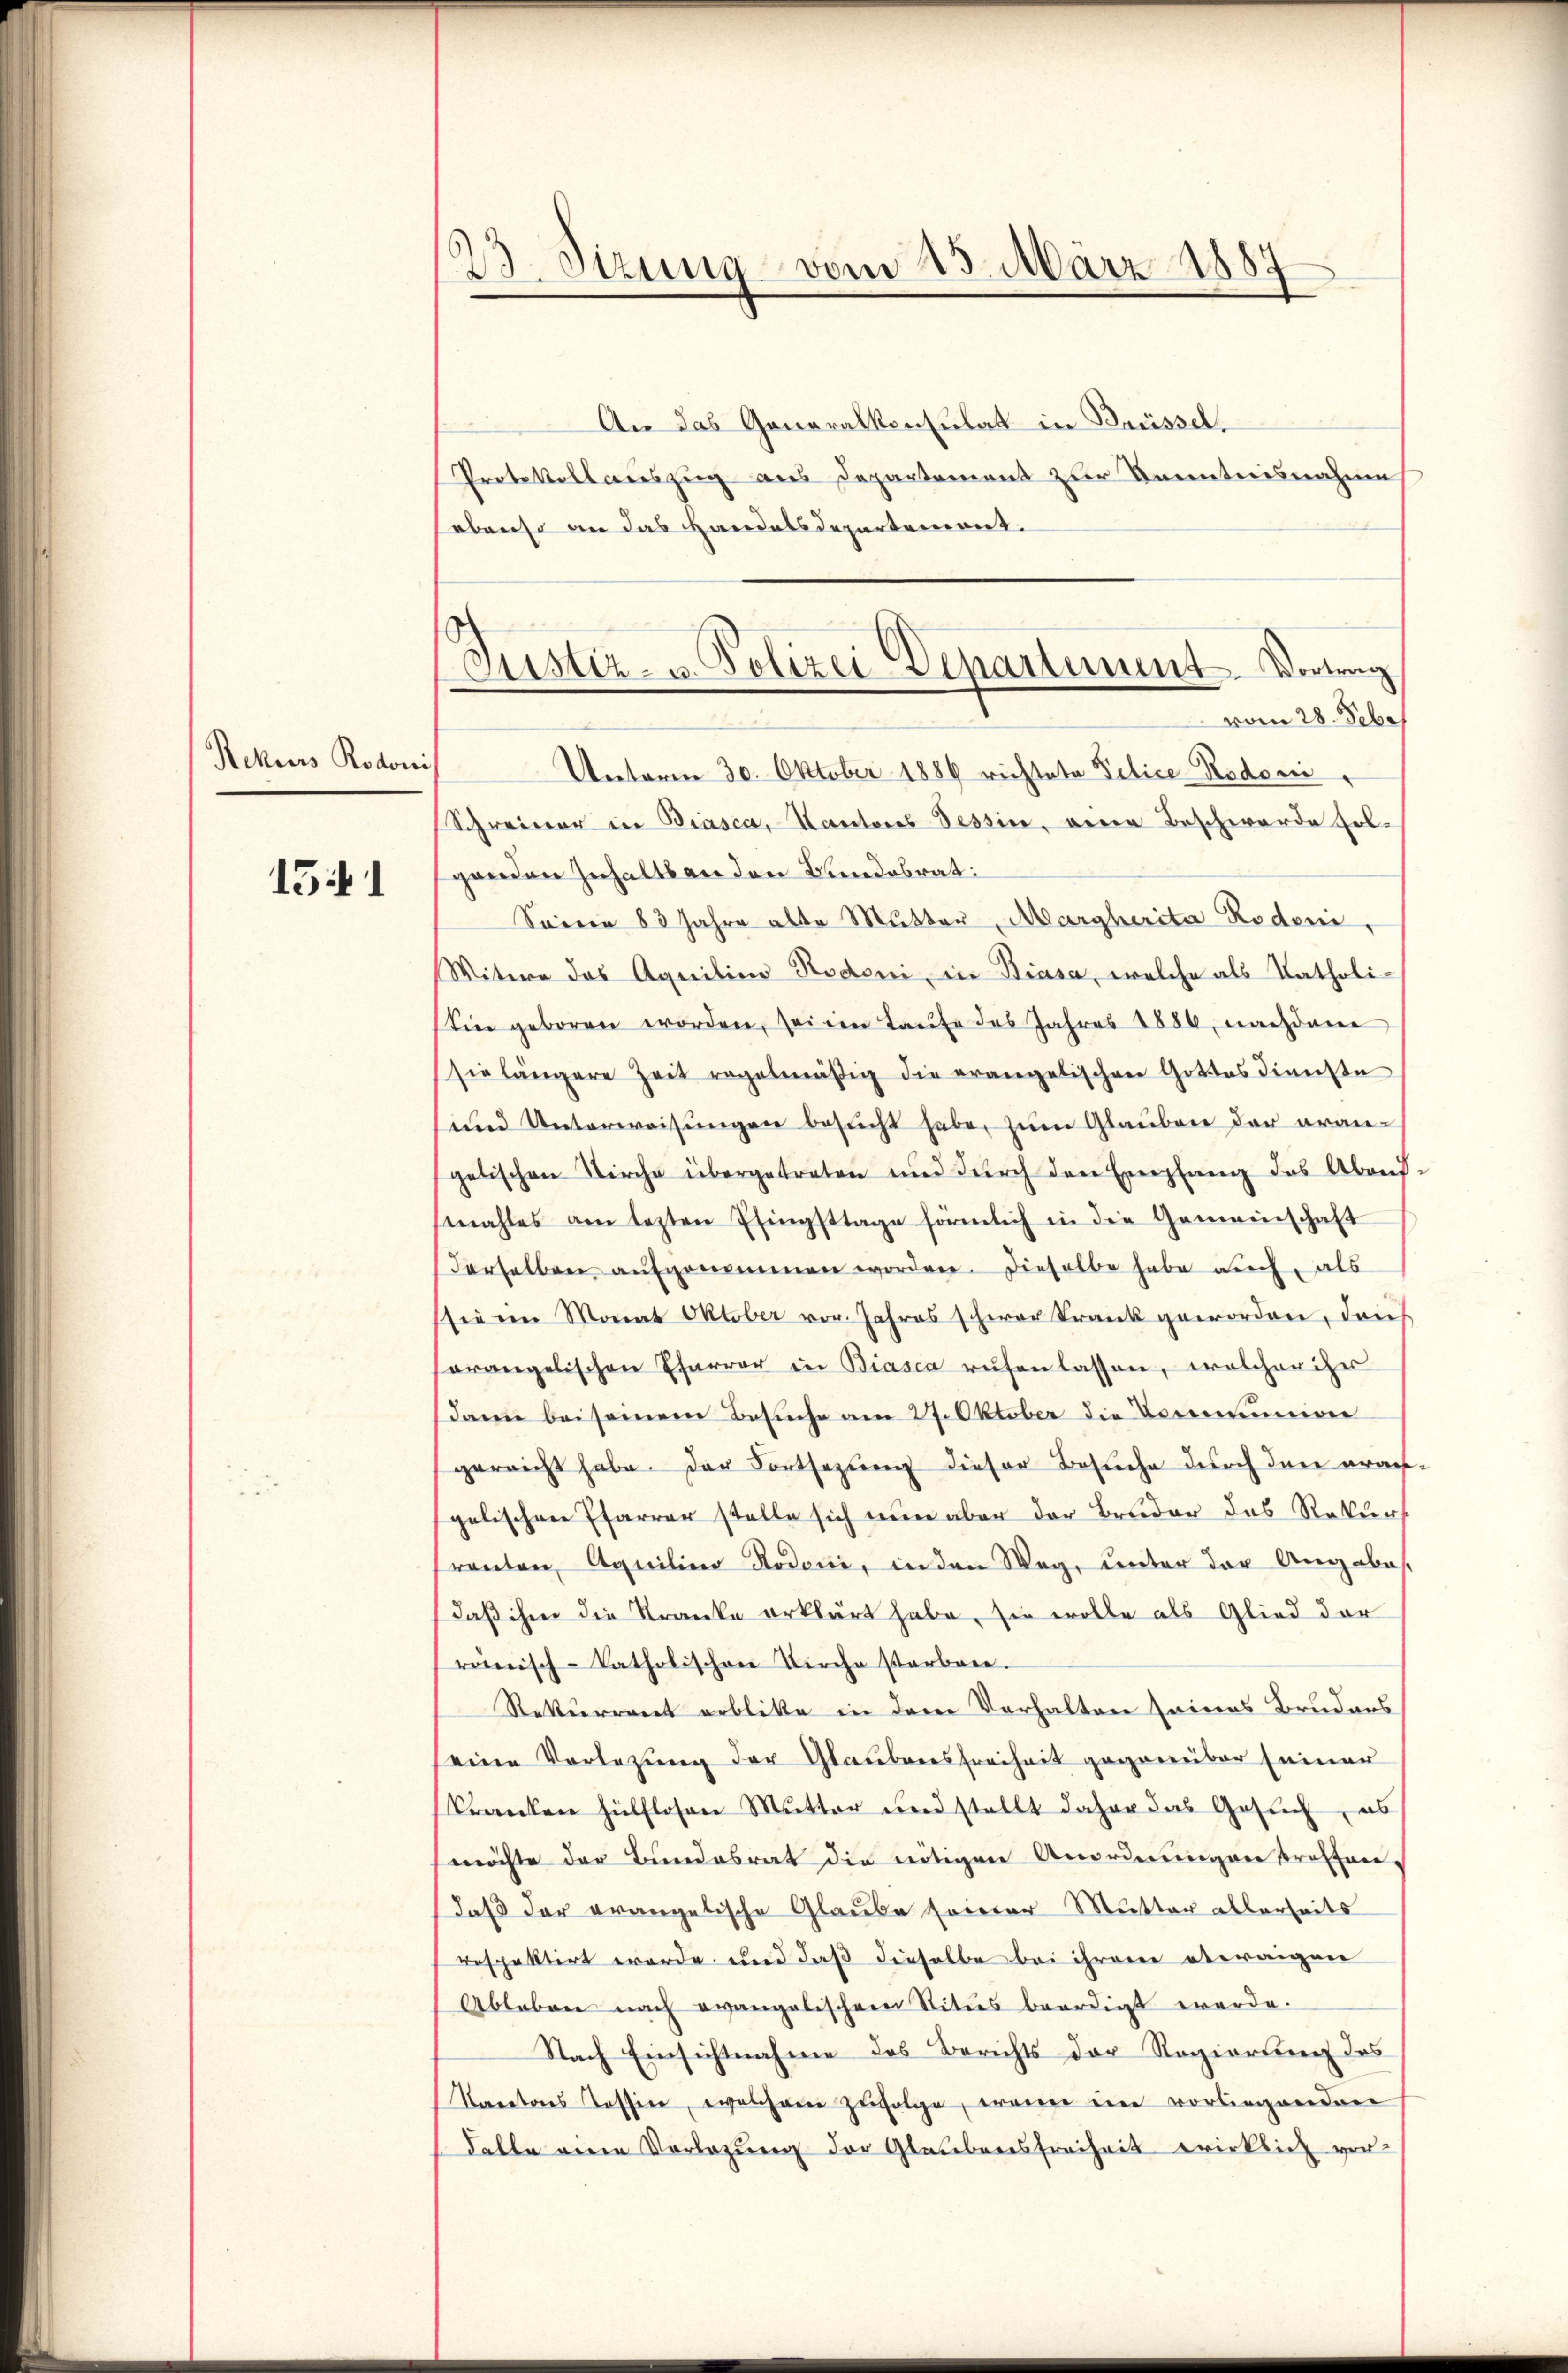
Rekurs Rodonis

1541

23. Sizung vom 25. März 1884
I

Justiz- u. Polizei Departement. Vortrag
vom 28. Febr.
Unterm 30. Oktober 1886 richtete Police Rodoni

An das Generalkonsulat in Brüssel.
Protokollauszug aus Departement zur Kenntnisnahme
sebenso an das Handelsdepartement.
Schreierer in Biasca, Kantons Tessin, eine Beschwerde sol-
genden Inhalts an den Bundesrat:
Soieer 83 Jahre alte Mutter, Margherita Rodoni,
Witwe des Aquilina Rodoni in Biasa, welche als Katholi¬
Sie geboren worden, seinen Laufe des Jahres 1886, nachdem
sie längere Zeit regelmäßig die erangelischen Gottesdienste
und Unterweisungen besucht habe, zum Glauben der orangelischen Kirche übergetreten und dŭrch den Empfang das Abruf.
mahles am lezten Eingsttage förmlich in die Gemeinschaft
derselben aŭfgenommen worden. Dieselbe habe auch, als
sie ein Monat Oktober vor. Jahres schwer Frank geworden, dach
horangelischen Pfarrer in Biasca rŭfen lassen, welcher iher
dann bei seinem Besuche am 27. Oktober die Vormunion
gereicht habe. Der Fortsezung dieser Besuche durch den praes.
gelischen Pfarrer stelle sich nun aber der Bruder des Rekurs
ranten, Aquilina Rodoni, in den Weg, unter der Angabe
daß ihm die Kranke erklärt habe, sie wolle als Glied der
reinisch-katholischen Kirche starben.
Rekurrent erblibe in dem Verhalten seines Bruders
seine Vorlegung der Glaubensfreiheit gegenüber seiner
kranken hülflosen Mutter und stellt daher das Gesuch, es
möchte der Bundesrat die nötigen Anordnŭngen treffen-
daß der evangelische Glaube seiner Mutter allerseits
respektirt werde und daß dieselbe bei ihrem etwaigen
Ableben nach evangelischen Stitus beerdigt werde.
Nach Einsichtnahme des Berichts der Regierung des
Karetors Tessin, welchem zŭfolge, wann ein vorliegenden
dalle eine Vorlegung der Glaubensfreiheit wirklich vor-